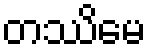
တဿိမေ